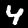
Label: 4